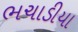
ભચાડીયા